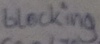
Text: blocking